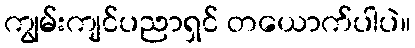
ကျွမ်းကျင်ပညာရှင် တယောက်ပါပဲ။